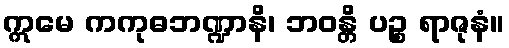
ဣမေ ကကုဓဘဏ္ဍာနိ၊ ဘဝန္တိ ပဉ္စ ရာဇုနံ။